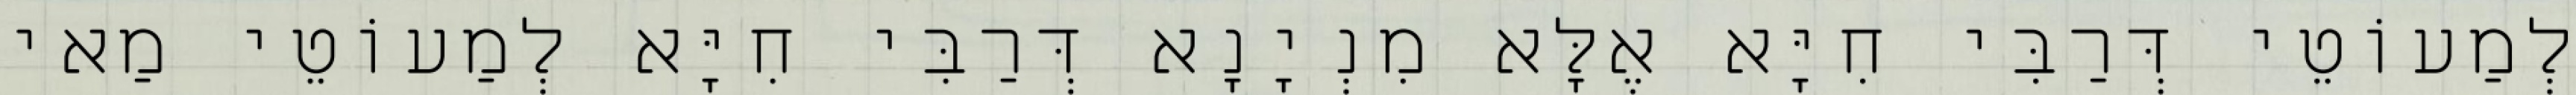
לְמַעוֹטֵי דְּרַבִּי חִיָּא אֶלָּא מִנְיָנָא דְּרַבִּי חִיָּא לְמַעוֹטֵי מַאי